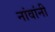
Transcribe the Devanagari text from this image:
नांवांनी